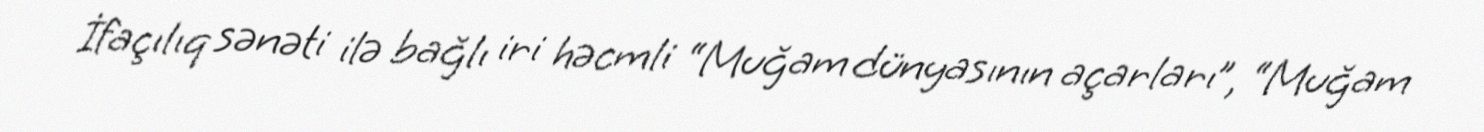
İfaçılıq sənəti ilə bağlı iri həcmli “Muğam dünyasının açarları”, “Muğam